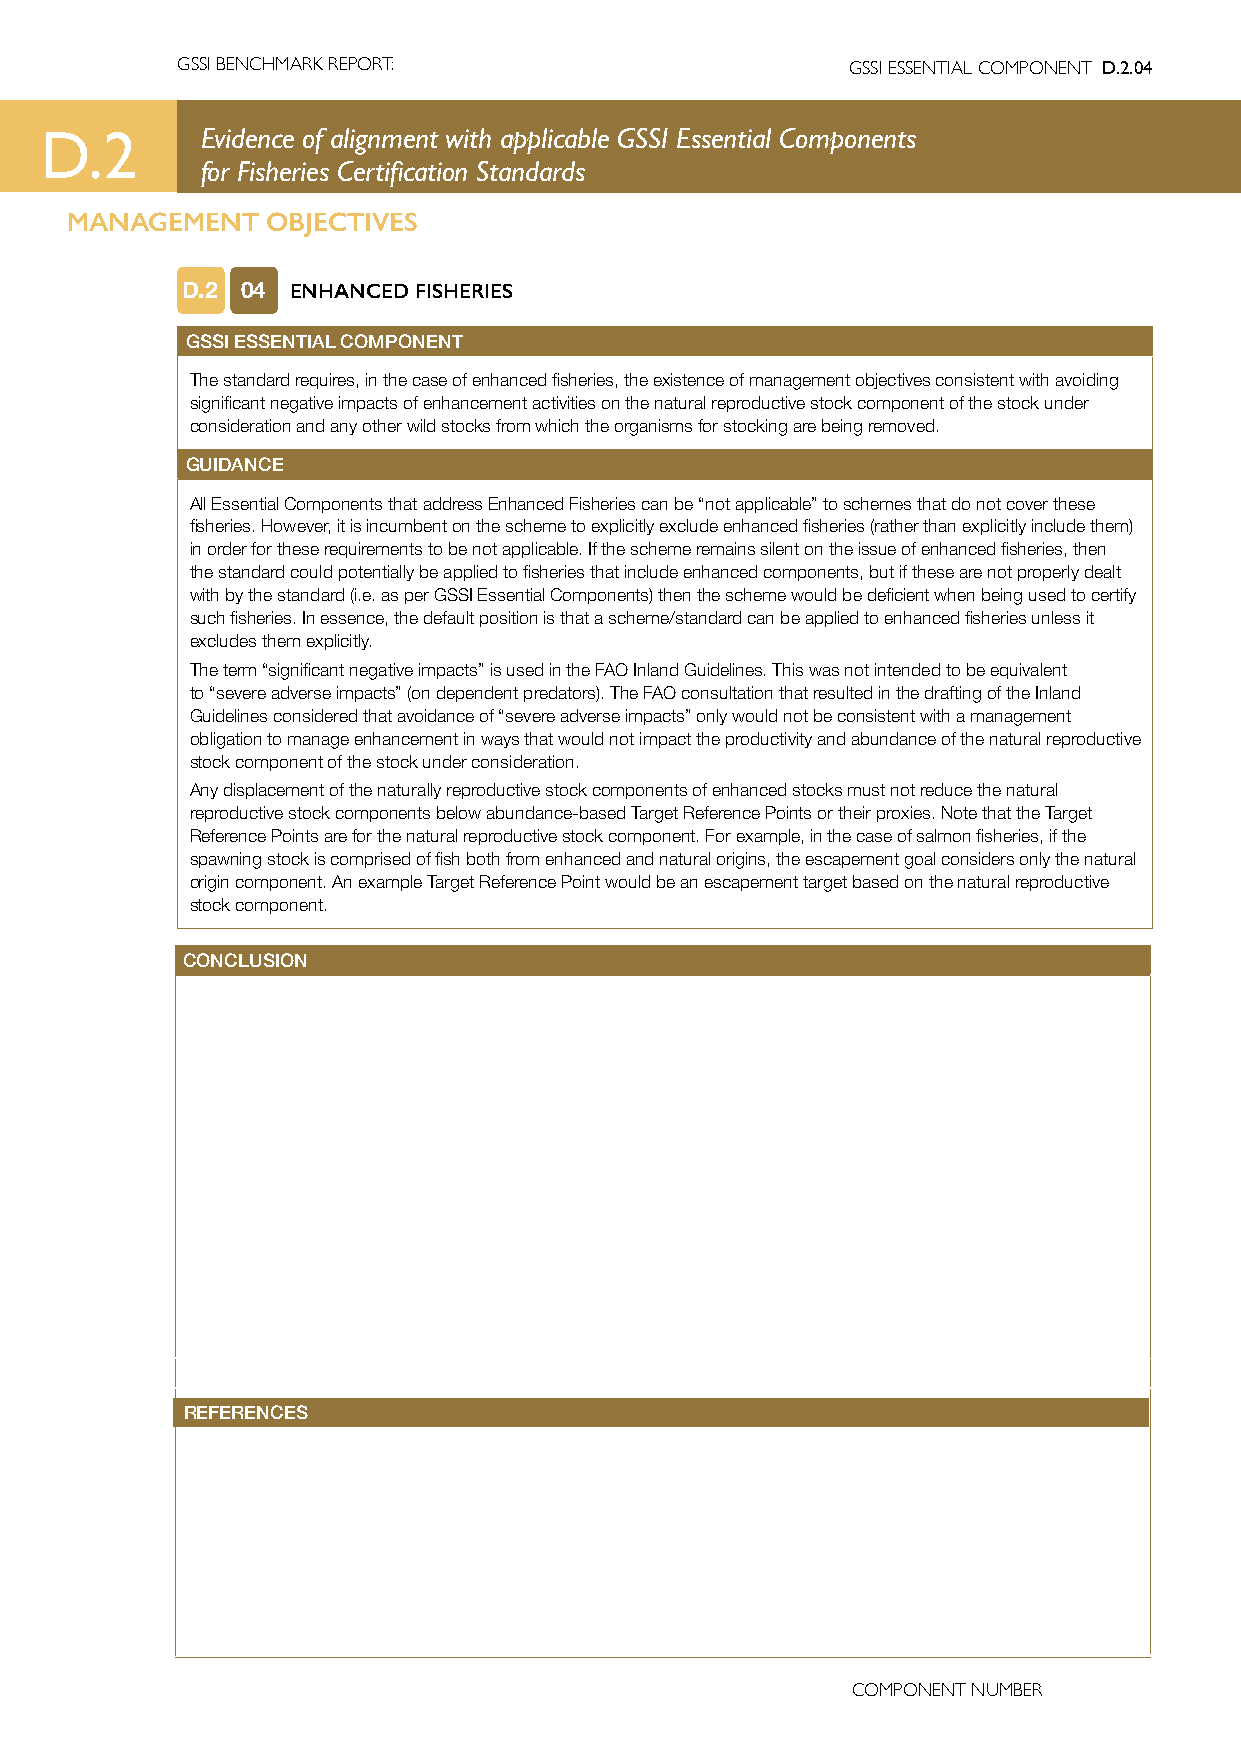
GSSI BENCHMARK REPORT:                      GSSI ESSENTIAL COMPONENT D.2.04
 D.2       Evidence of alignment with applicable GSSI Essential Components
 for Fisheries Certification Standards
 MANAGEMENT    OBJECTIVES
 D.2 04 ENHANCED FISHERIES
 GSSI ESSENTIAL COMPONENT
 The standard requires, in the case of enhanced fisheries, the existence of management objectives consistent with avoiding
 significant negative impacts of enhancement activities on the natural reproductive stock component of the stock under
 consideration and any other wild stocks from which the organisms for stocking are being removed.
 GUIDANCE
 All Essential Components that address Enhanced Fisheries can be “not applicable” to schemes that do not cover these
 fisheries. However, it is incumbent on the scheme to explicitly exclude enhanced fisheries (rather than explicitly include them)
 in order for these requirements to be not applicable. If the scheme remains silent on the issue of enhanced fisheries, then
 the standard could potentially be applied to fisheries that include enhanced components, but if these are not properly dealt
 with by the standard (i.e. as per GSSI Essential Components) then the scheme would be deficient when being used to certify
 such fisheries. In essence, the default position is that a scheme/standard can be applied to enhanced fisheries unless it
 excludes them explicitly.
 The term “significant negative impacts” is used in the FAO Inland Guidelines. This was not intended to be equivalent
 to “severe adverse impacts” (on dependent predators). The FAO consultation that resulted in the drafting of the Inland
 Guidelines considered that avoidance of “severe adverse impacts” only would not be consistent with a management
 obligation to manage enhancement in ways that would not impact the productivity and abundance of the natural reproductive
 stock component of the stock under consideration.
 Any displacement of the naturally reproductive stock components of enhanced stocks must not reduce the natural
 reproductive stock components below abundance-based Target Reference Points or their proxies. Note that the Target
 Reference Points are for the natural reproductive stock component. For example, in the case of salmon fisheries, if the
 spawning stock is comprised of fish both from enhanced and natural origins, the escapement goal considers only the natural
 origin component. An example Target Reference Point would be an escapement target based on the natural reproductive
 stock component.
 CONCLUSION
 REFERENCES
 COMPONENT NUMBER